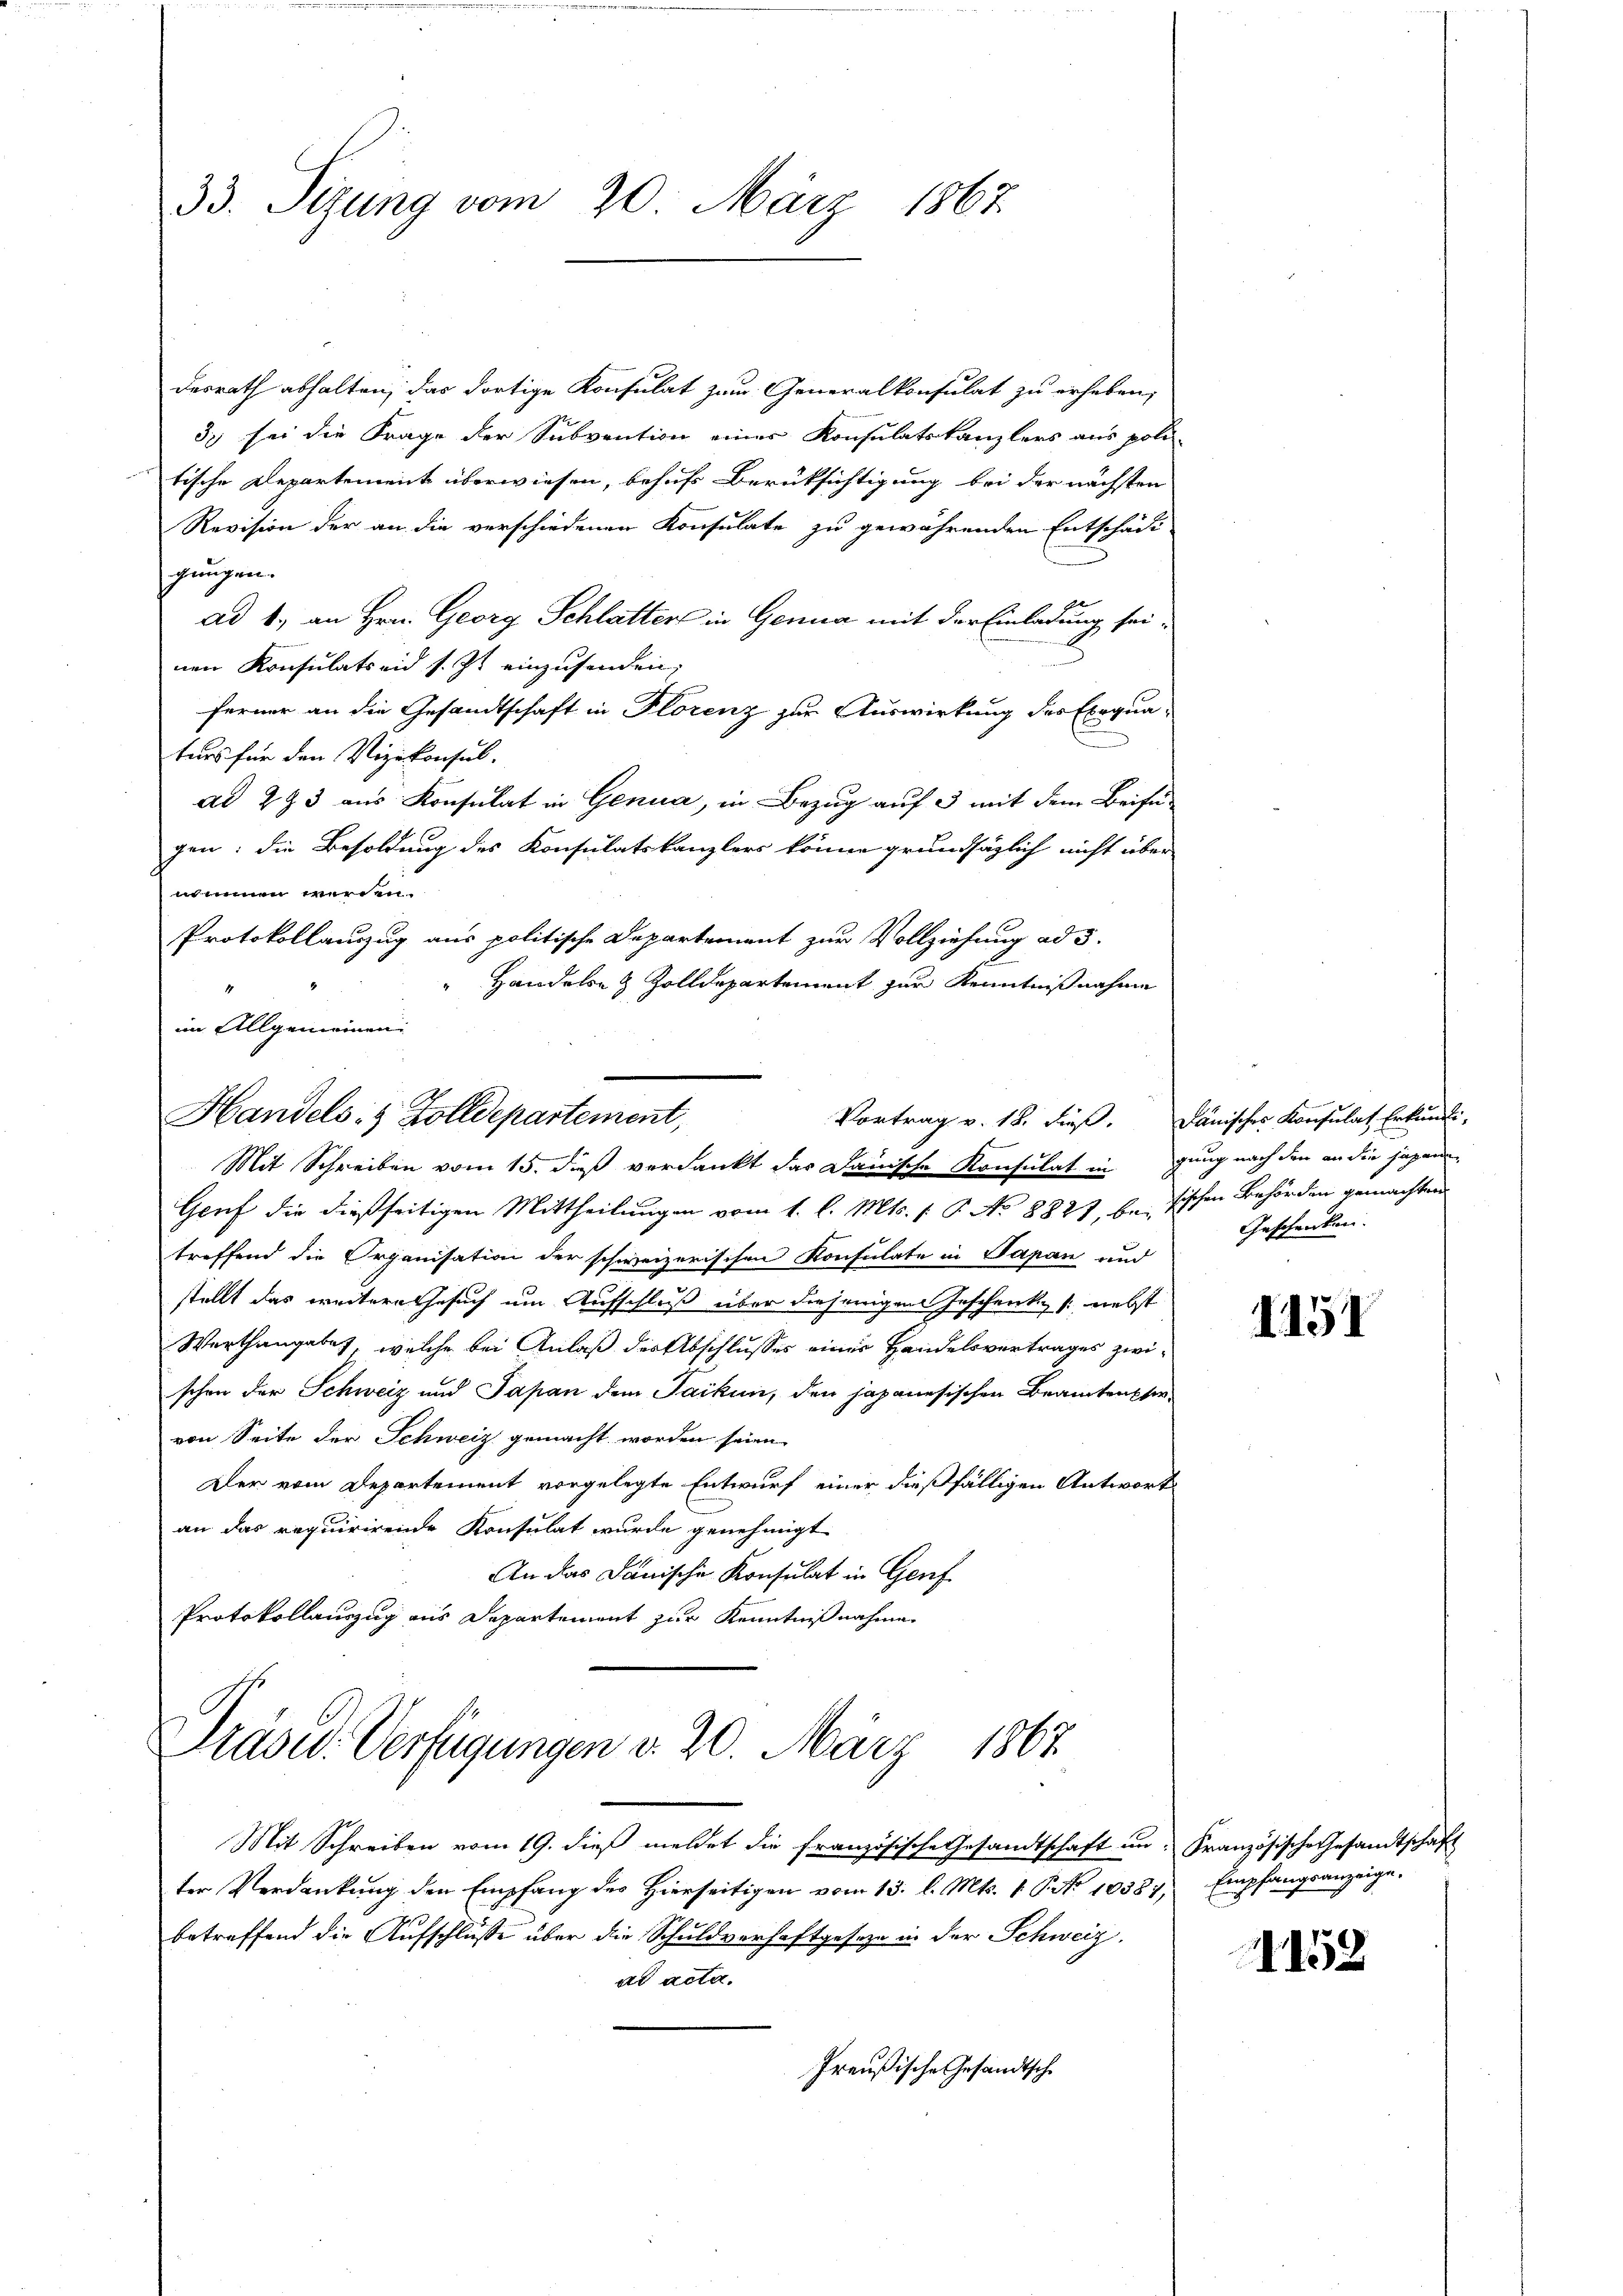
33. Sizung vom 20. März 1867

desrath abhalten, das dortige Konsulat zum Generalkonsulat zu erheben,
33 sei die Frage der Subvention einer Konsulatskanzlers aus poli-
tische Departement überwiesen, behufs Berüksichtigung bei der nächsten
Revision der an die verschiedenen Konsulate zu gewährenden Entschädi
gungen.
ad 1., an Hrn. Georg Schlatter in Genua mit der Einladung sei.
nen Konsulatseid s. Zt. einzusenden;
ferner an die Gesandtschaft in Florenz zur Auswirkung des Exequaturs für den Vizekonsul-
ad 293 aus Konsulat in Genua, in Bezug auf 3 mit dem Beifügen: die Besoldung des Konsulatskanzlers könne grundsäglich nicht über
nommen werden.
Protokollauszug aus politische Departement zur Vollziehung ad 5.
Handelsen Zolldepartement zur Kenntnißnahme
im Allgemeinen

Handels- & Zolldepartement,
Vortrag v. 18. dieß. Dänisches Konsulat Erkundi-

Präsid. Verfügungen d. 20. März 1867.

Mit Schreiben vom 15. dieß verdankt das Danische Konsulat in
Genf die dießseitigen Mittheilungen vom 1. l. Mts. (: P. No 8827, besischen Behörden gemachten
treffend die Organisation der schweizerischen Konsulate in Papan und
stellt das weitere Gesuch um Aufschluß über diejenigen Geschenk s. nebst
Werthangaben, welche bei Anlaß der Abschlusses einer Handelsvertrages zwischon der Schweiz und Japan dem Jacken, den japanesischen Beamten hervon Seite der Schweiz gemacht worden seien.
Der vom Departement vorgelegte Entwurf einer dießfälligen Antwort
an das requirirende Konsulat wurde genehmigt
An das Danische Konsulat in Genf
Protokollauszug aus Departement zur Kenntnißnahme

Mit Schreiben vom 19. dieß meldet die französische Gesandtschaft an: Französische Gesandtschaft
ter Verdankung den Empfang des Hierseitigen vom 13. l. Mts. 1. P. No 10387, Empfangsanzeigebetreffend die Aufschlüsse über die Schuldverhaftgesetze in der Schweiz.
ad acta.
Preußische Gesandtsche

gung nach den an die jagenen
Geschenken.

1251

1152